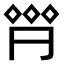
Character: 𠄷